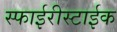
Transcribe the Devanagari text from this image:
स्फाईरीस्टाईक